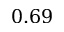
0 . 6 9